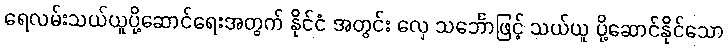
ရေလမ်းသယ်ယူပို့ဆောင်ရေးအတွက် နိုင်ငံ အတွင်း လှေ သင်္ဘောဖြင့် သယ်ယူ ပို့ဆောင်နိုင်သော